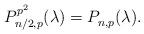
LaTeX: \begin{align*}P^{p^2}_{n/2,p}(\lambda) = P^{}_{n,p}(\lambda).\end{align*}